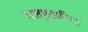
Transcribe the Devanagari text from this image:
राजपुतानिया